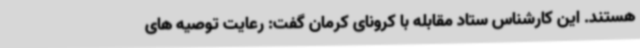
هستند. این کارشناس ستاد مقابله با کرونای کرمان گفت: رعایت توصیه های